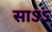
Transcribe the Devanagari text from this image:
साऽऽ